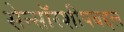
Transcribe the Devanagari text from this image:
सेन्सॉरशीपबद्दल